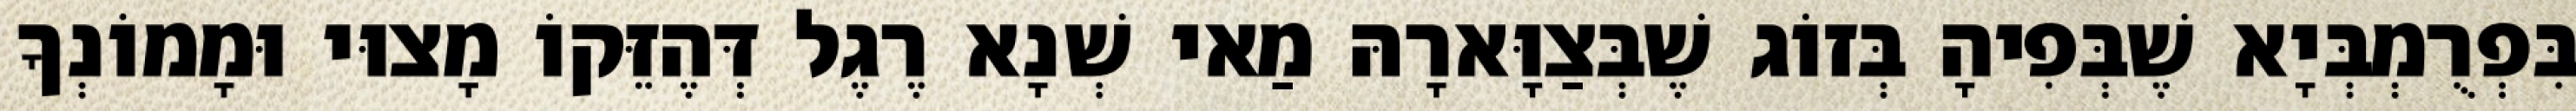
בִּפְרֻמְבְּיָא שֶׁבְּפִיהָ בְּזוֹג שֶׁבְּצַוָּארָהּ מַאי שְׁנָא רֶגֶל דְּהֶזֵּקוֹ מָצוּי וּמָמוֹנְךָ